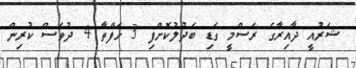
ޝަރުއީ ދާއިރާގެ ރަސްމީ ގަޑި ބަދުލުކޮށްފި 3 ހަފްތާ 4 ދުވަސް ކުރިން